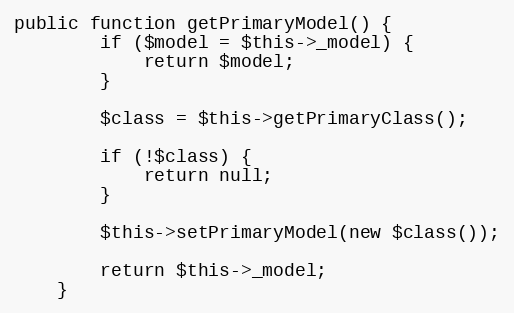
Language: PHP
public function getPrimaryModel() {
        if ($model = $this->_model) {
            return $model;
        }

        $class = $this->getPrimaryClass();

        if (!$class) {
            return null;
        }

        $this->setPrimaryModel(new $class());

        return $this->_model;
    }